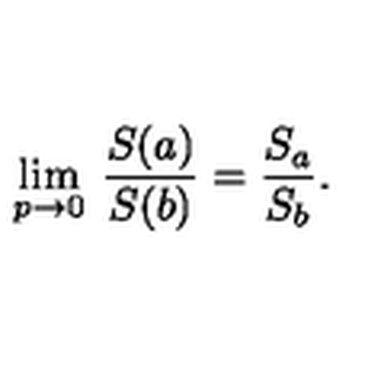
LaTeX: \lim _ { p \to 0 } \: \frac { S ( a ) } { S ( b ) } = \frac { S _ { a } } { S _ { b } } .